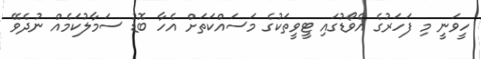
ހީވަނީ މި ފަހަރުގެ އެވޯޑުގައި ޓީވީތަކުގެ މަސައްކަތަށް އެހާ ބޮޑު ސަމާލުކަމެއް ނުދެވޭ